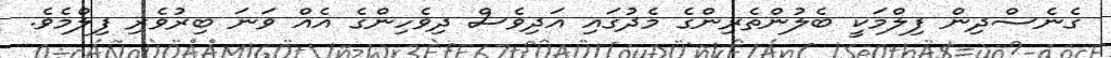
ގެނެސްދިން ފިލްމަކީ ބެލުންތެރިންގެ މެދުގައި އަދިވެސް ދިވެހިންގެ އެއް ވަނަ ބިރުވެރި ފިލްމެވެ.